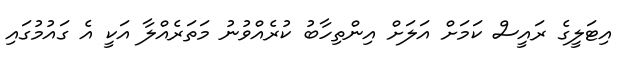
އިޓަލީގެ ރައީސް ކަމަށް އަލަށް އިންތިހާބު ކުރެއްވުނު މަތަރެއްލާ އަކީ އެ ގައުމުގައި